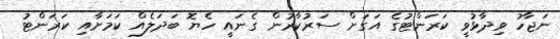
ނަޖާހު ވިދާޅުވީ ކަރަންޓުގެ އަގަށް ސަރުކާރުން ގެނައީ ހެޔޮ ބަދަލެއް ކަމަށާއި ކަރަންޓު